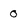
Character: 0